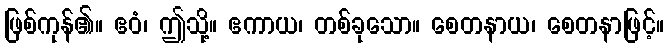
ဖြစ်ကုန်၏။ ဧဝံ၊ ဤသို့။ ဧကာယ၊ တစ်ခုသော။ စေတနာယ၊ စေတနာဖြင့်။